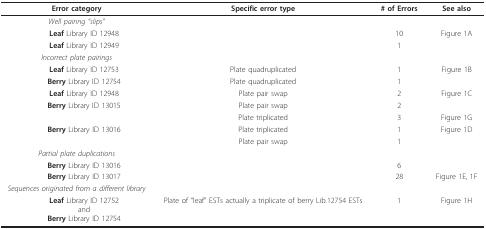
| Error category | Specific error type | # of Errors | See also |
 | --- | --- | --- | --- |
 | Well pairing "slips" |  |  |  |
 | Leaf Library ID 12948 |  | 10 | Figure 1A |
 | Leaf Library ID 12949 |  | 1 |  |
 | Incorrect plate pairings |  |  |  |
 | Leaf Library ID 12753 | Plate quadruplicated | 1 | Figure 1B |
 | Berry Library ID 12754 | Plate quadruplicated | 1 |  |
 | Leaf Library ID 12948 | Plate pair swap | 2 | Figure 1C |
 | Berry Library ID 13015 | Plate pair swap | 2 |  |
 |  | Plate triplicated | 3 | Figure 1G |
 | Berry Library ID 13016 | Plate triplicated | 1 | Figure 1D |
 |  | Plate pair swap | 1 |  |
 | Partial plate duplications |  |  |  |
 | Berry Library ID 13016 |  | 6 |  |
 | Berry Library ID 13017 |  | 28 | Figure 1E, 1F |
 | Sequences originated from a different library |  |  |  |
 | Leaf Library ID 12752andBerry Library ID 12754 | Plate of "leaf" ESTs actually a triplicate of berry Lib.12754 ESTs | 1 | Figure 1H |